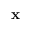
{ \bf x }